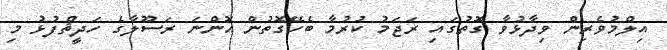
އިލްމުވެރިން ވިދާޅުވާ ގޮތުގައި ރަޖަމު ކުރުމާ ބެހޭގޮތުން އޮންނަ ރަސޫލާގެ ހަދީޘްފުޅު މި